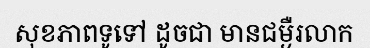
សុខភាពទូទៅ ដូចជា មានជម្ងឺរលាក